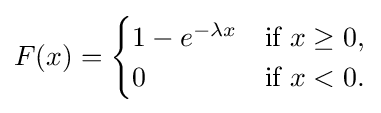
F(x)={\begin{cases}1-e^{-\lambda x}&{\text{if }}x\geq 0,\\0&{\text{if }}x<0.\end{cases}}